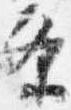
条